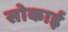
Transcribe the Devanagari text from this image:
सोकाई